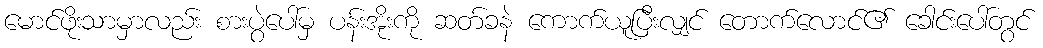
မောင်ဖိုးသာမှာလည်း စားပွဲပေါ်မှ ပန်းအိုးကို ဆတ်ခနဲ ကောက်ယူပြီးလျှင် တောက်လောင်၏ ခေါင်းပေါ်တွင်